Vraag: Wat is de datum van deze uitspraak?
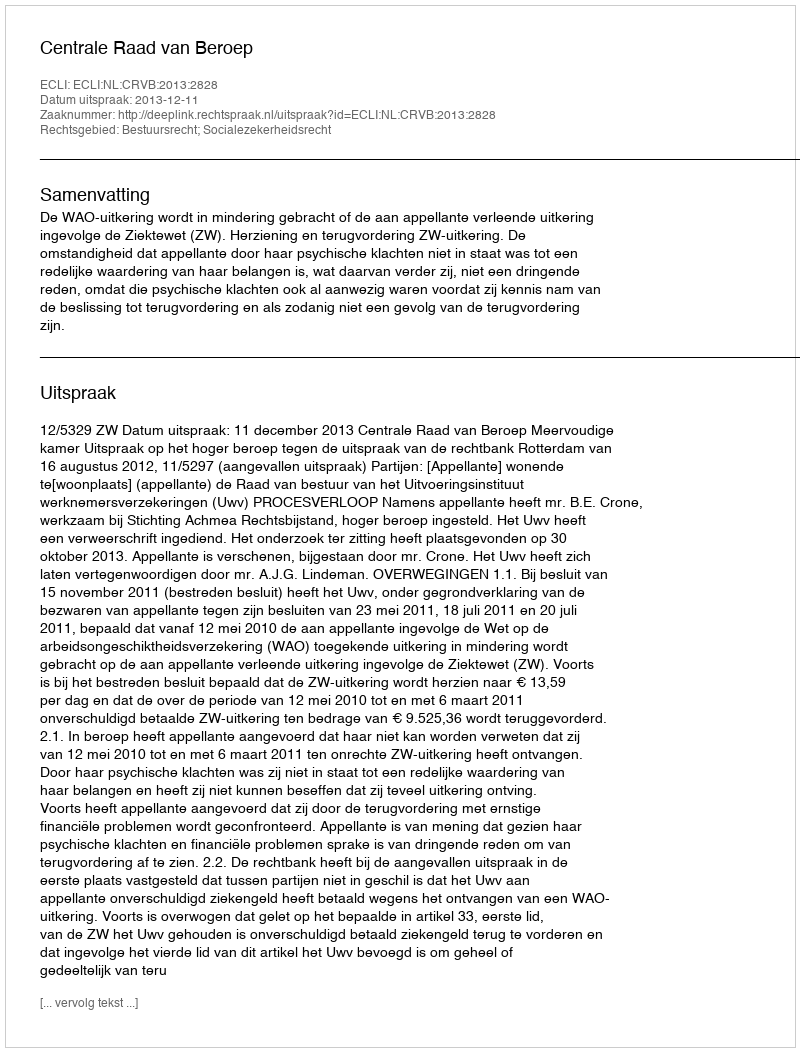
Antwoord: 2013-12-11